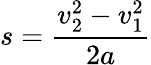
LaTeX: s={\frac{v_{2}^{2}-v_{1}^{2}}{2a}}